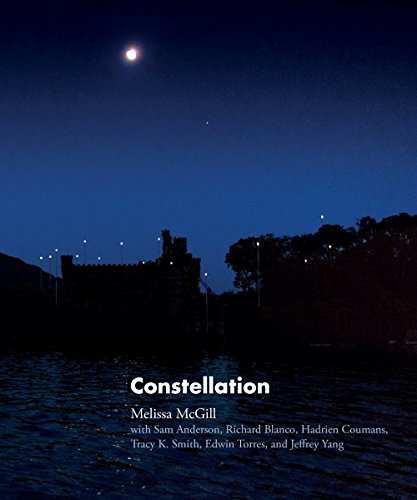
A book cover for Constellation; Arts & Photography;